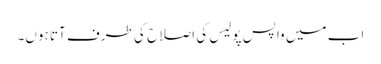
اب میں واپس پولیس کی اصلاح کی طرف آتا ہوں۔